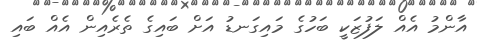
އާންމު އެއް ލަފުޒަކީ ބަހުގެ މައިގަނޑު އަށް ބައިގެ ތެރެއިން އެއް ބައި